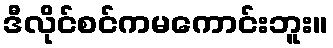
ဒီလိုင်စင်ကမကောင်းဘူး။